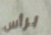
برأس